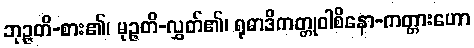
ဘုဉ္ဇတိ-စား၏၊ မုဉ္ဇတိ-လွှတ်၏၊ ရုဓာဒိကတ္တုဝါစိနော-ကတ္တားဟော